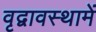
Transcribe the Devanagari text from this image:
वृद्वावस्थामें